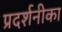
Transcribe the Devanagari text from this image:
प्रदर्शनीका